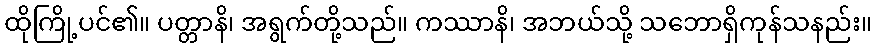
ထိုကြို့ပင်၏။ ပတ္တာနိ၊ အရွက်တို့သည်။ ကဿာနိ၊ အဘယ်သို့ သဘောရှိကုန်သနည်း။